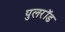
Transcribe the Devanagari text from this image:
पुलरॉड